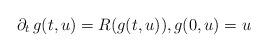
LaTeX: \begin{align*}\partial_t \, g(t,u) = R(g(t,u)), g(0,u) = u\end{align*}